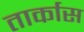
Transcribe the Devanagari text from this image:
तार्कास